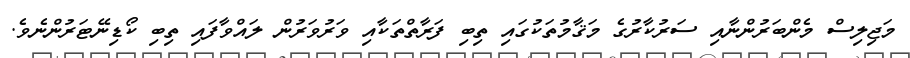
މަޖިލިސް މެންބަރުންނާއި ސަރުކާރުގެ މަޤާމުތަކުގައި ތިބި ފަރާތްތަކާއި ވަރުވަރުން ލައްވާފައި ތިބި ކޯޑިނޭޓަރުންނެވެ.